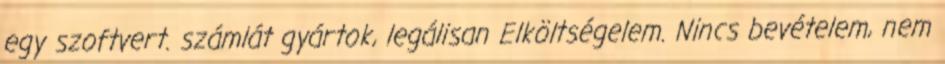
egy szoftvert. számlát gyártok, legálisan Elköltségelem. Nincs bevételem, nem